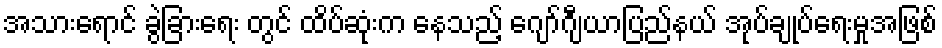
အသားရောင် ခွဲခြားရေး တွင် ထိပ်ဆုံးက နေသည့် ဂျော်ဂျီယာပြည်နယ် အုပ်ချုပ်ရေးမှုအဖြစ်